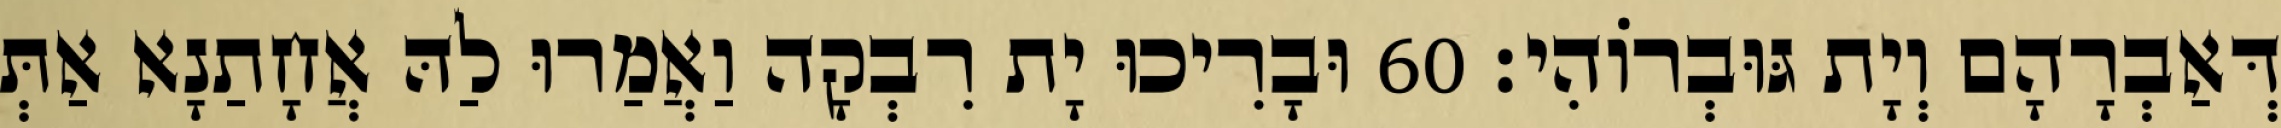
דְּאַבְרָהָם וְיָת גּוּבְרוֹהִי׃ 60 וּבָרִיכוּ יָת רִבְקָה וַאֲמַרוּ לַהּ אֲחָתַנָא אַתְּ